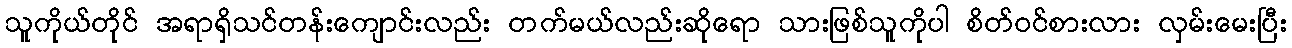
သူကိုယ်တိုင် အရာရှိသင်တန်းကျောင်းလည်း တက်မယ်လည်းဆိုရော သားဖြစ်သူကိုပါ စိတ်ဝင်စားလား လှမ်းမေးပြီး